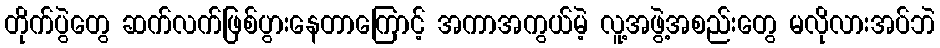
တိုက်ပွဲတွေ ဆက်လက်ဖြစ်ပွားနေတာကြောင့် အကာအကွယ်မဲ့ လူ့အဖွဲ့အစည်းတွေ မလိုလားအပ်ဘဲ